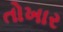
તોખાર